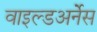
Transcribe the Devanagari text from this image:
वाइल्डअर्नेस